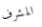
المشرف